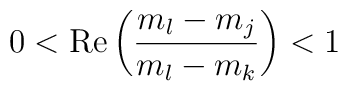
0<{\rm Re}\left(\frac{m_l-m_j}{m_l-m_k}\right)<1